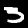
Digit: 3